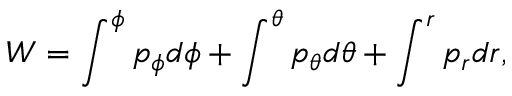
W = \int ^ { \phi } p _ { \phi } d \phi + \int ^ { \theta } p _ { \theta } d \theta + \int ^ { r } p _ { r } d r ,